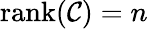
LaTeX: \operatorname{rank}({\mathcal{C}})=n